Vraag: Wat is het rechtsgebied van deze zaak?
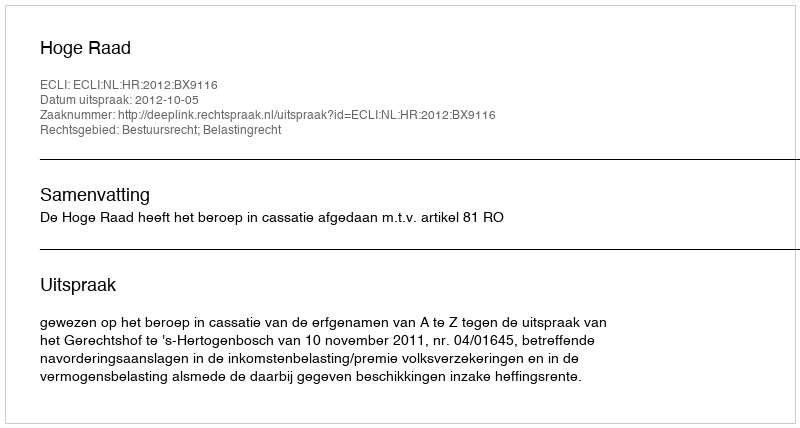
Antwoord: Bestuursrecht; Belastingrecht